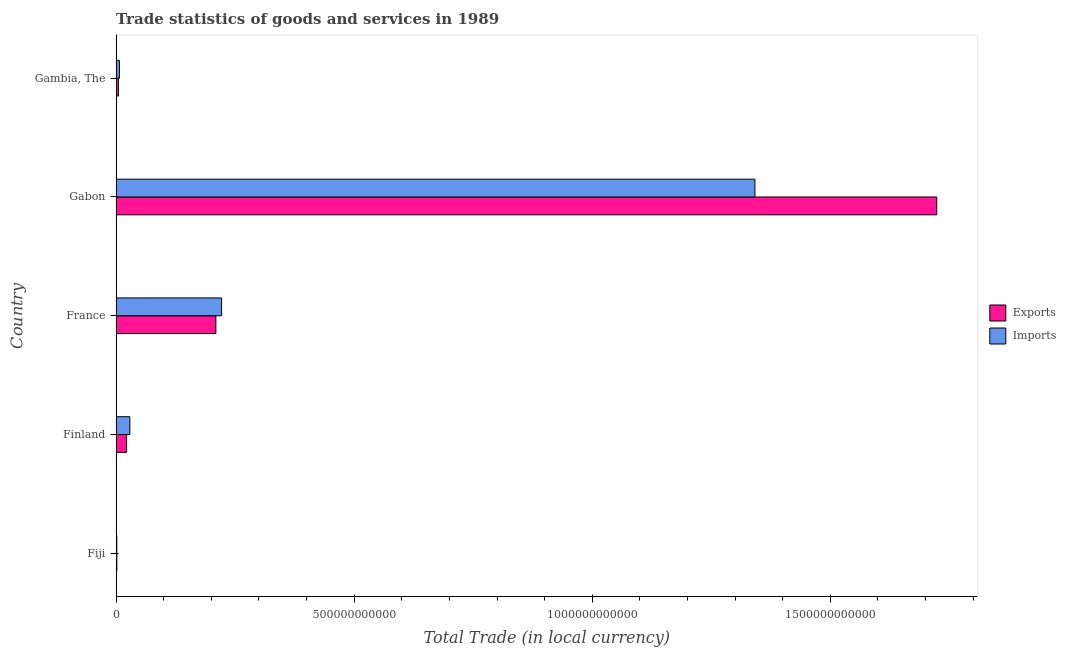
| Country | Exports | Imports |
 | --- | --- | --- |
 | Fiji | 1.53e+09 | 1.39e+09 |
 | Finland | 2.2e+10 | 2.88e+10 |
 | France | 2.09e+11 | 2.21e+11 |
 | Gabon | 1.72e+12 | 1.34e+12 |
 | Gambia, The | 4.78e+09 | 6.91e+09 |